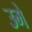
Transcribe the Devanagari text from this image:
उमे